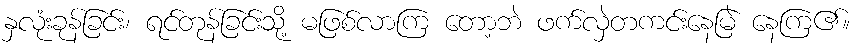
နှလုံးခုန်ခြင်း၊ ရင်တုန်ခြင်းသို့ မဖြစ်လာကြ တော့ဘဲ ဖက်လှဲတကင်းနေမြဲ နေကြ၏။